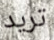
تريد